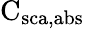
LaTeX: \mathrm{C_{\mathrm{{sca,abs}}}}